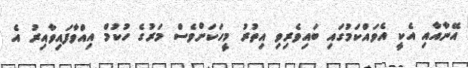
އޭނާއާއި އެކީ އެވައްކަމުގައި ބައިވެރިވި އިތުރު މީހަކަށްވެސް މަރުގެ ހުކުމް އިއްވާފައިވާއިރު އެ